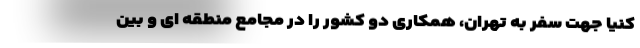
کنیا جهت سفر به تهران، همکاری دو کشور را در مجامع منطقه ای و بین